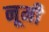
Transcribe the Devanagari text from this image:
नूमी